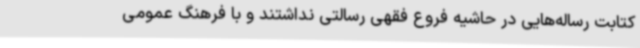
کتابت رساله‌هایی در حاشیه فروع فقهی رسالتی نداشتند و با فرهنگ عمومی